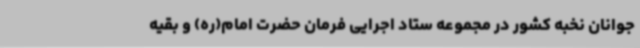
جوانان نخبه کشور در مجموعه ستاد اجرایی فرمان حضرت امام(ره) و بقیه